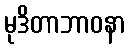
မုဒိတာဘာဝနာ